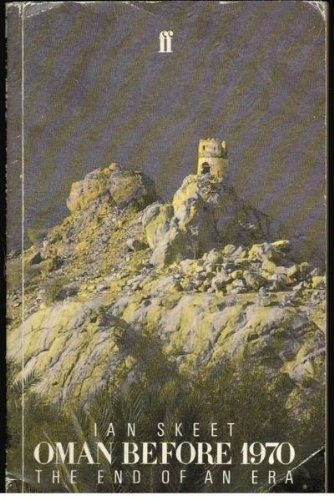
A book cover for Oman Before 1970: The End of an Era; Ian Skeet; History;